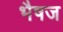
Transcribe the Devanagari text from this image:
भैषज